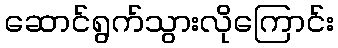
ဆောင်ရွက်သွားလိုကြောင်း